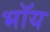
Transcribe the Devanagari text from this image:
भॉय